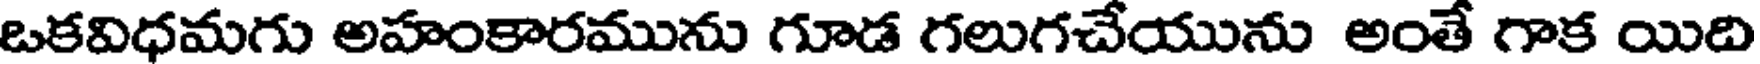
ఒకవిధమగు అహంకారమును గూడ గలుగచేయును అంతే గాక యిది